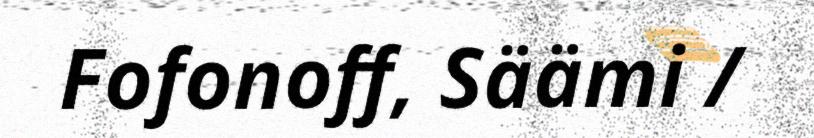
Fofonoff, Säämi /